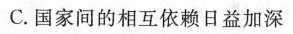
C.国家间的相互依赖日益加深